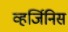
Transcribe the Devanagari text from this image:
व्हर्जिनिस